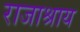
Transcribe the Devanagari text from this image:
राजाश्राय